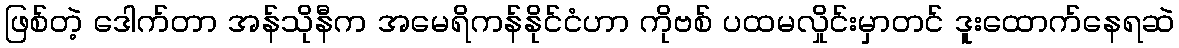
ဖြစ်တဲ့ ဒေါက်တာ အန်သိုနီက အမေရိကန်နိုင်ငံဟာ ကိုဗစ် ပထမလှိုင်းမှာတင် ဒူးထောက်နေရဆဲ